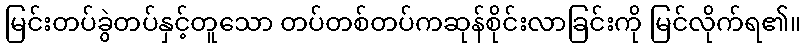
မြင်းတပ်ခွဲတပ်နှင့်တူသော တပ်တစ်တပ်ကဆုန်စိုင်းလာခြင်းကို မြင်လိုက်ရ၏။